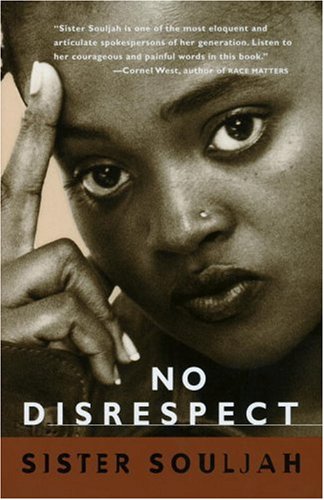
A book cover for No Disrespect; Sister Souljah; Politics & Social Sciences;